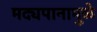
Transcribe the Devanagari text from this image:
मद्यपानामुळे